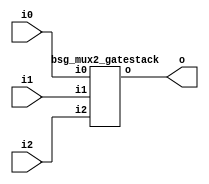
// This program was cloned from: https://github.com/chipsalliance/UHDM-integration-tests
// License: Apache License 2.0



module top
(
  i0,
  i1,
  i2,
  o
);

  input [15:0] i0;
  input [15:0] i1;
  input [15:0] i2;
  output [15:0] o;

  bsg_mux2_gatestack
  wrapper
  (
    .i0(i0),
    .i1(i1),
    .i2(i2),
    .o(o)
  );


endmodule



module bsg_mux2_gatestack
(
  i0,
  i1,
  i2,
  o
);

  input [15:0] i0;
  input [15:0] i1;
  input [15:0] i2;
  output [15:0] o;
  wire [15:0] o;
  wire N0,N1,N2,N3,N4,N5,N6,N7,N8,N9,N10,N11,N12,N13,N14,N15,N16,N17,N18,N19,N20,N21,
  N22,N23,N24,N25,N26,N27,N28,N29,N30,N31;
  assign o[0] = (N0)? i1[0] : 
                (N16)? i0[0] : 1'b0;
  assign N0 = i2[0];
  assign o[1] = (N1)? i1[1] : 
                (N17)? i0[1] : 1'b0;
  assign N1 = i2[1];
  assign o[2] = (N2)? i1[2] : 
                (N18)? i0[2] : 1'b0;
  assign N2 = i2[2];
  assign o[3] = (N3)? i1[3] : 
                (N19)? i0[3] : 1'b0;
  assign N3 = i2[3];
  assign o[4] = (N4)? i1[4] : 
                (N20)? i0[4] : 1'b0;
  assign N4 = i2[4];
  assign o[5] = (N5)? i1[5] : 
                (N21)? i0[5] : 1'b0;
  assign N5 = i2[5];
  assign o[6] = (N6)? i1[6] : 
                (N22)? i0[6] : 1'b0;
  assign N6 = i2[6];
  assign o[7] = (N7)? i1[7] : 
                (N23)? i0[7] : 1'b0;
  assign N7 = i2[7];
  assign o[8] = (N8)? i1[8] : 
                (N24)? i0[8] : 1'b0;
  assign N8 = i2[8];
  assign o[9] = (N9)? i1[9] : 
                (N25)? i0[9] : 1'b0;
  assign N9 = i2[9];
  assign o[10] = (N10)? i1[10] : 
                 (N26)? i0[10] : 1'b0;
  assign N10 = i2[10];
  assign o[11] = (N11)? i1[11] : 
                 (N27)? i0[11] : 1'b0;
  assign N11 = i2[11];
  assign o[12] = (N12)? i1[12] : 
                 (N28)? i0[12] : 1'b0;
  assign N12 = i2[12];
  assign o[13] = (N13)? i1[13] : 
                 (N29)? i0[13] : 1'b0;
  assign N13 = i2[13];
  assign o[14] = (N14)? i1[14] : 
                 (N30)? i0[14] : 1'b0;
  assign N14 = i2[14];
  assign o[15] = (N15)? i1[15] : 
                 (N31)? i0[15] : 1'b0;
  assign N15 = i2[15];
  assign N16 = ~i2[0];
  assign N17 = ~i2[1];
  assign N18 = ~i2[2];
  assign N19 = ~i2[3];
  assign N20 = ~i2[4];
  assign N21 = ~i2[5];
  assign N22 = ~i2[6];
  assign N23 = ~i2[7];
  assign N24 = ~i2[8];
  assign N25 = ~i2[9];
  assign N26 = ~i2[10];
  assign N27 = ~i2[11];
  assign N28 = ~i2[12];
  assign N29 = ~i2[13];
  assign N30 = ~i2[14];
  assign N31 = ~i2[15];

endmodule